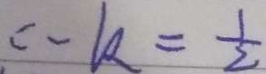
c - k = \frac { 1 } { 2 }